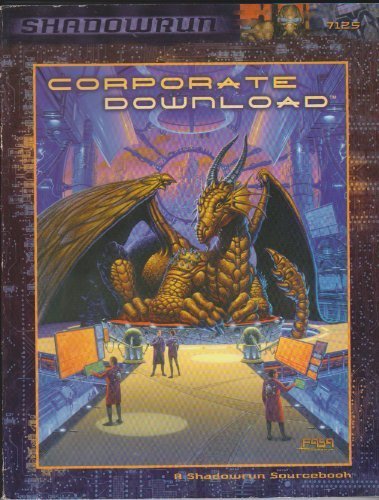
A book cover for Corporate Download (Shadowrun); FASA Corporation; Science Fiction & Fantasy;